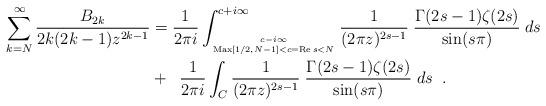
LaTeX: \begin{align*}\sum_{k=N}^{\infty} \frac{B_{2k}}{2k(2k-1)z^{2k-1}} & = \frac{1}{2\pi i} \int_{c-i\infty \atop{ {\rm Max}[1/2, N-1]< c={\rm Re}\, s< N}}^{c+i\infty} \frac{1}{(2\pi z)^{2s-1}} \; \frac{\Gamma(2s-1) \zeta(2s)}{\sin(s \pi)} \; ds\\& + \;\; \frac{1}{2\pi i} \int_{C} \frac{1}{(2\pi z)^{2s-1}} \; \frac{\Gamma(2s-1) \zeta(2s)}{\sin(s \pi)} \; ds \;\;.\end{align*}